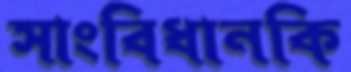
সাংবিধানকি